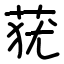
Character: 莸